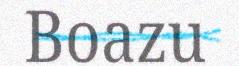
Boazu